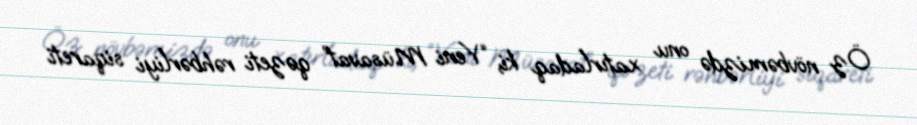
Öz növbəmizdə onu xatırladaq ki, “Yeni Müsavat” qəzeti rəhbərliyi siqareti